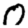
Digit: 0